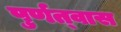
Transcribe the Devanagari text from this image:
पुर्णत्‍वास